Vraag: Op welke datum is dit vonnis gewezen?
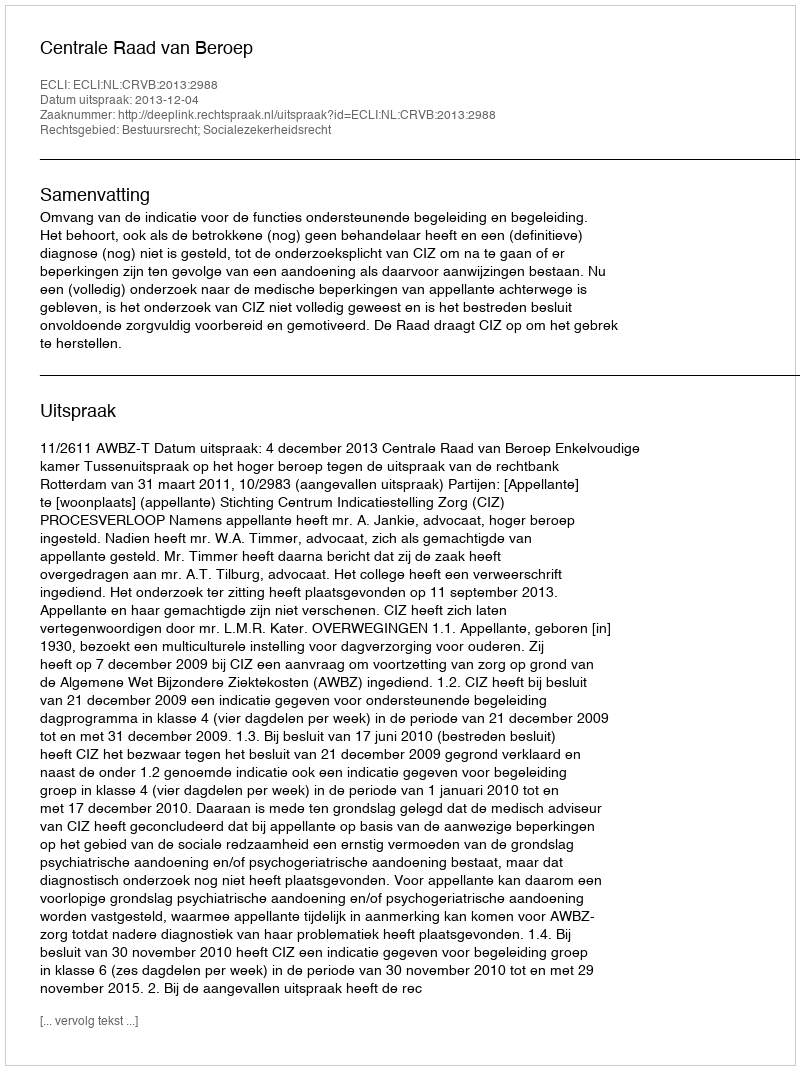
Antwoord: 2013-12-04